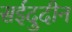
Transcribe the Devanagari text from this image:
सईदुदीन